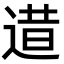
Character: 逪